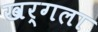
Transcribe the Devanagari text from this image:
खर्गला